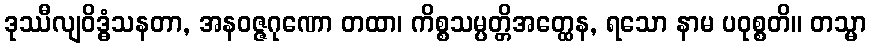
ဒုဿီလျဝိဒ္ဓံသနတာ, အနဝဇ္ဇဂုဏော တထာ၊ ကိစ္စသမ္ပတ္တိအတ္ထေန, ရသော နာမ ပဝုစ္စတိ။ တသ္မာ